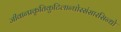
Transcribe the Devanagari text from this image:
जीवान्प्रकृतिकुटिलान्घोरसंसारसिन्धो